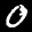
Label: 0